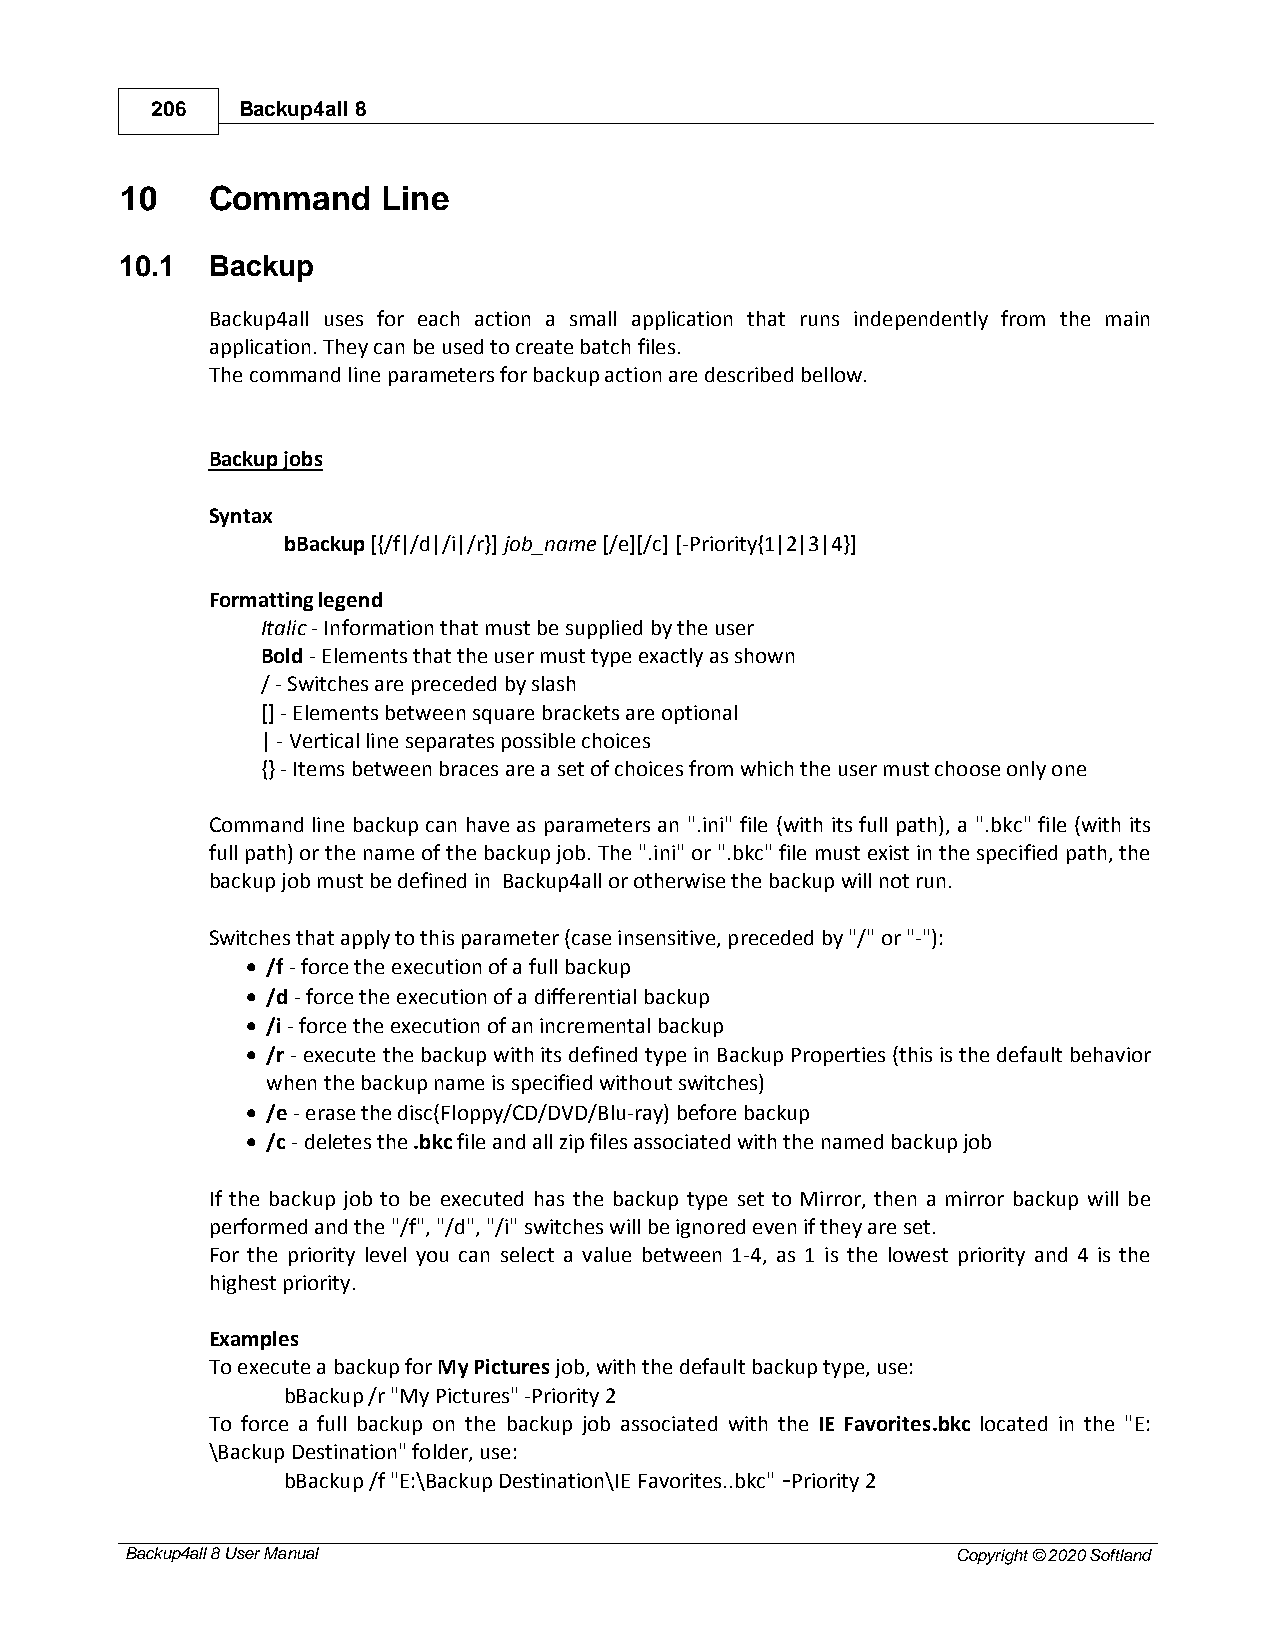
206   Backup4all 8
 10    Command    Line
 10.1  Backup
 Backup4all uses for each action a small application that runs independently from the main
 application. They can be used to create batch files.
 The command line parameters for backup action are described bellow.
 Backup jobs
 Syntax
 bBackup [{/f|/d|/i|/r}] job_name [/e][/c] [-Priority{1|2|3|4}]
 Formatting legend
 Italic - Information that must be supplied by the user
 Bold - Elements that the user must type exactly as shown
 / - Switches are preceded by slash
 [] - Elements between square brackets are optional
 | - Vertical line separates possible choices
 {} - Items between braces are a set of choices from which the user must choose only one
 Command line backup can have as parameters an ".ini" file (with its full path), a ".bkc" file (with its
 full path) or the name of the backup job. The ".ini" or ".bkc" file must exist in the specified path, the
 backup job must be defined in Backup4all or otherwise the backup will not run.
 Switches that apply to this parameter (case insensitive, preceded by "/" or "-"):
 · /f - force the execution of a full backup
 · /d - force the execution of a differential backup
 · /i - force the execution of an incremental backup
 · /r - execute the backup with its defined type in Backup Properties (this is the default behavior
 when the backup name is specified without switches)
 · /e - erase the disc(Floppy/CD/DVD/Blu-ray) before backup
 · /c - deletes the .bkc file and all zip files associated with the named backup job
 If the backup job to be executed has the backup type set to Mirror, then a mirror backup will be
 performed and the "/f", "/d", "/i" switches will be ignored even if they are set.
 For the priority level you can select a value between 1-4, as 1 is the lowest priority and 4 is the
 highest priority.
 Examples
 To execute a backup for My Pictures job, with the default backup type, use:
 bBackup /r "My Pictures" -Priority 2
 To force a full backup on the backup job associated with the IE Favorites.bkc located in the "E:
 \Backup Destination" folder, use:
 bBackup /f "E:\Backup Destination\IE Favorites..bkc" -Priority 2
 Backup4all 8 User Manual                               Copyright © 2020 Softland